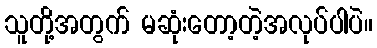
သူတို့အတွက် မဆုံးတော့တဲ့အလုပ်ပါပဲ။